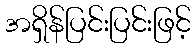
အရှိန်ပြင်းပြင်းဖြင့်